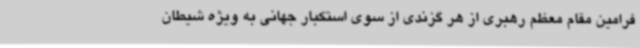
فرامین مقام معظم رهبری از هر گزندی از سوی استکبار جهانی به ویژه شیطان